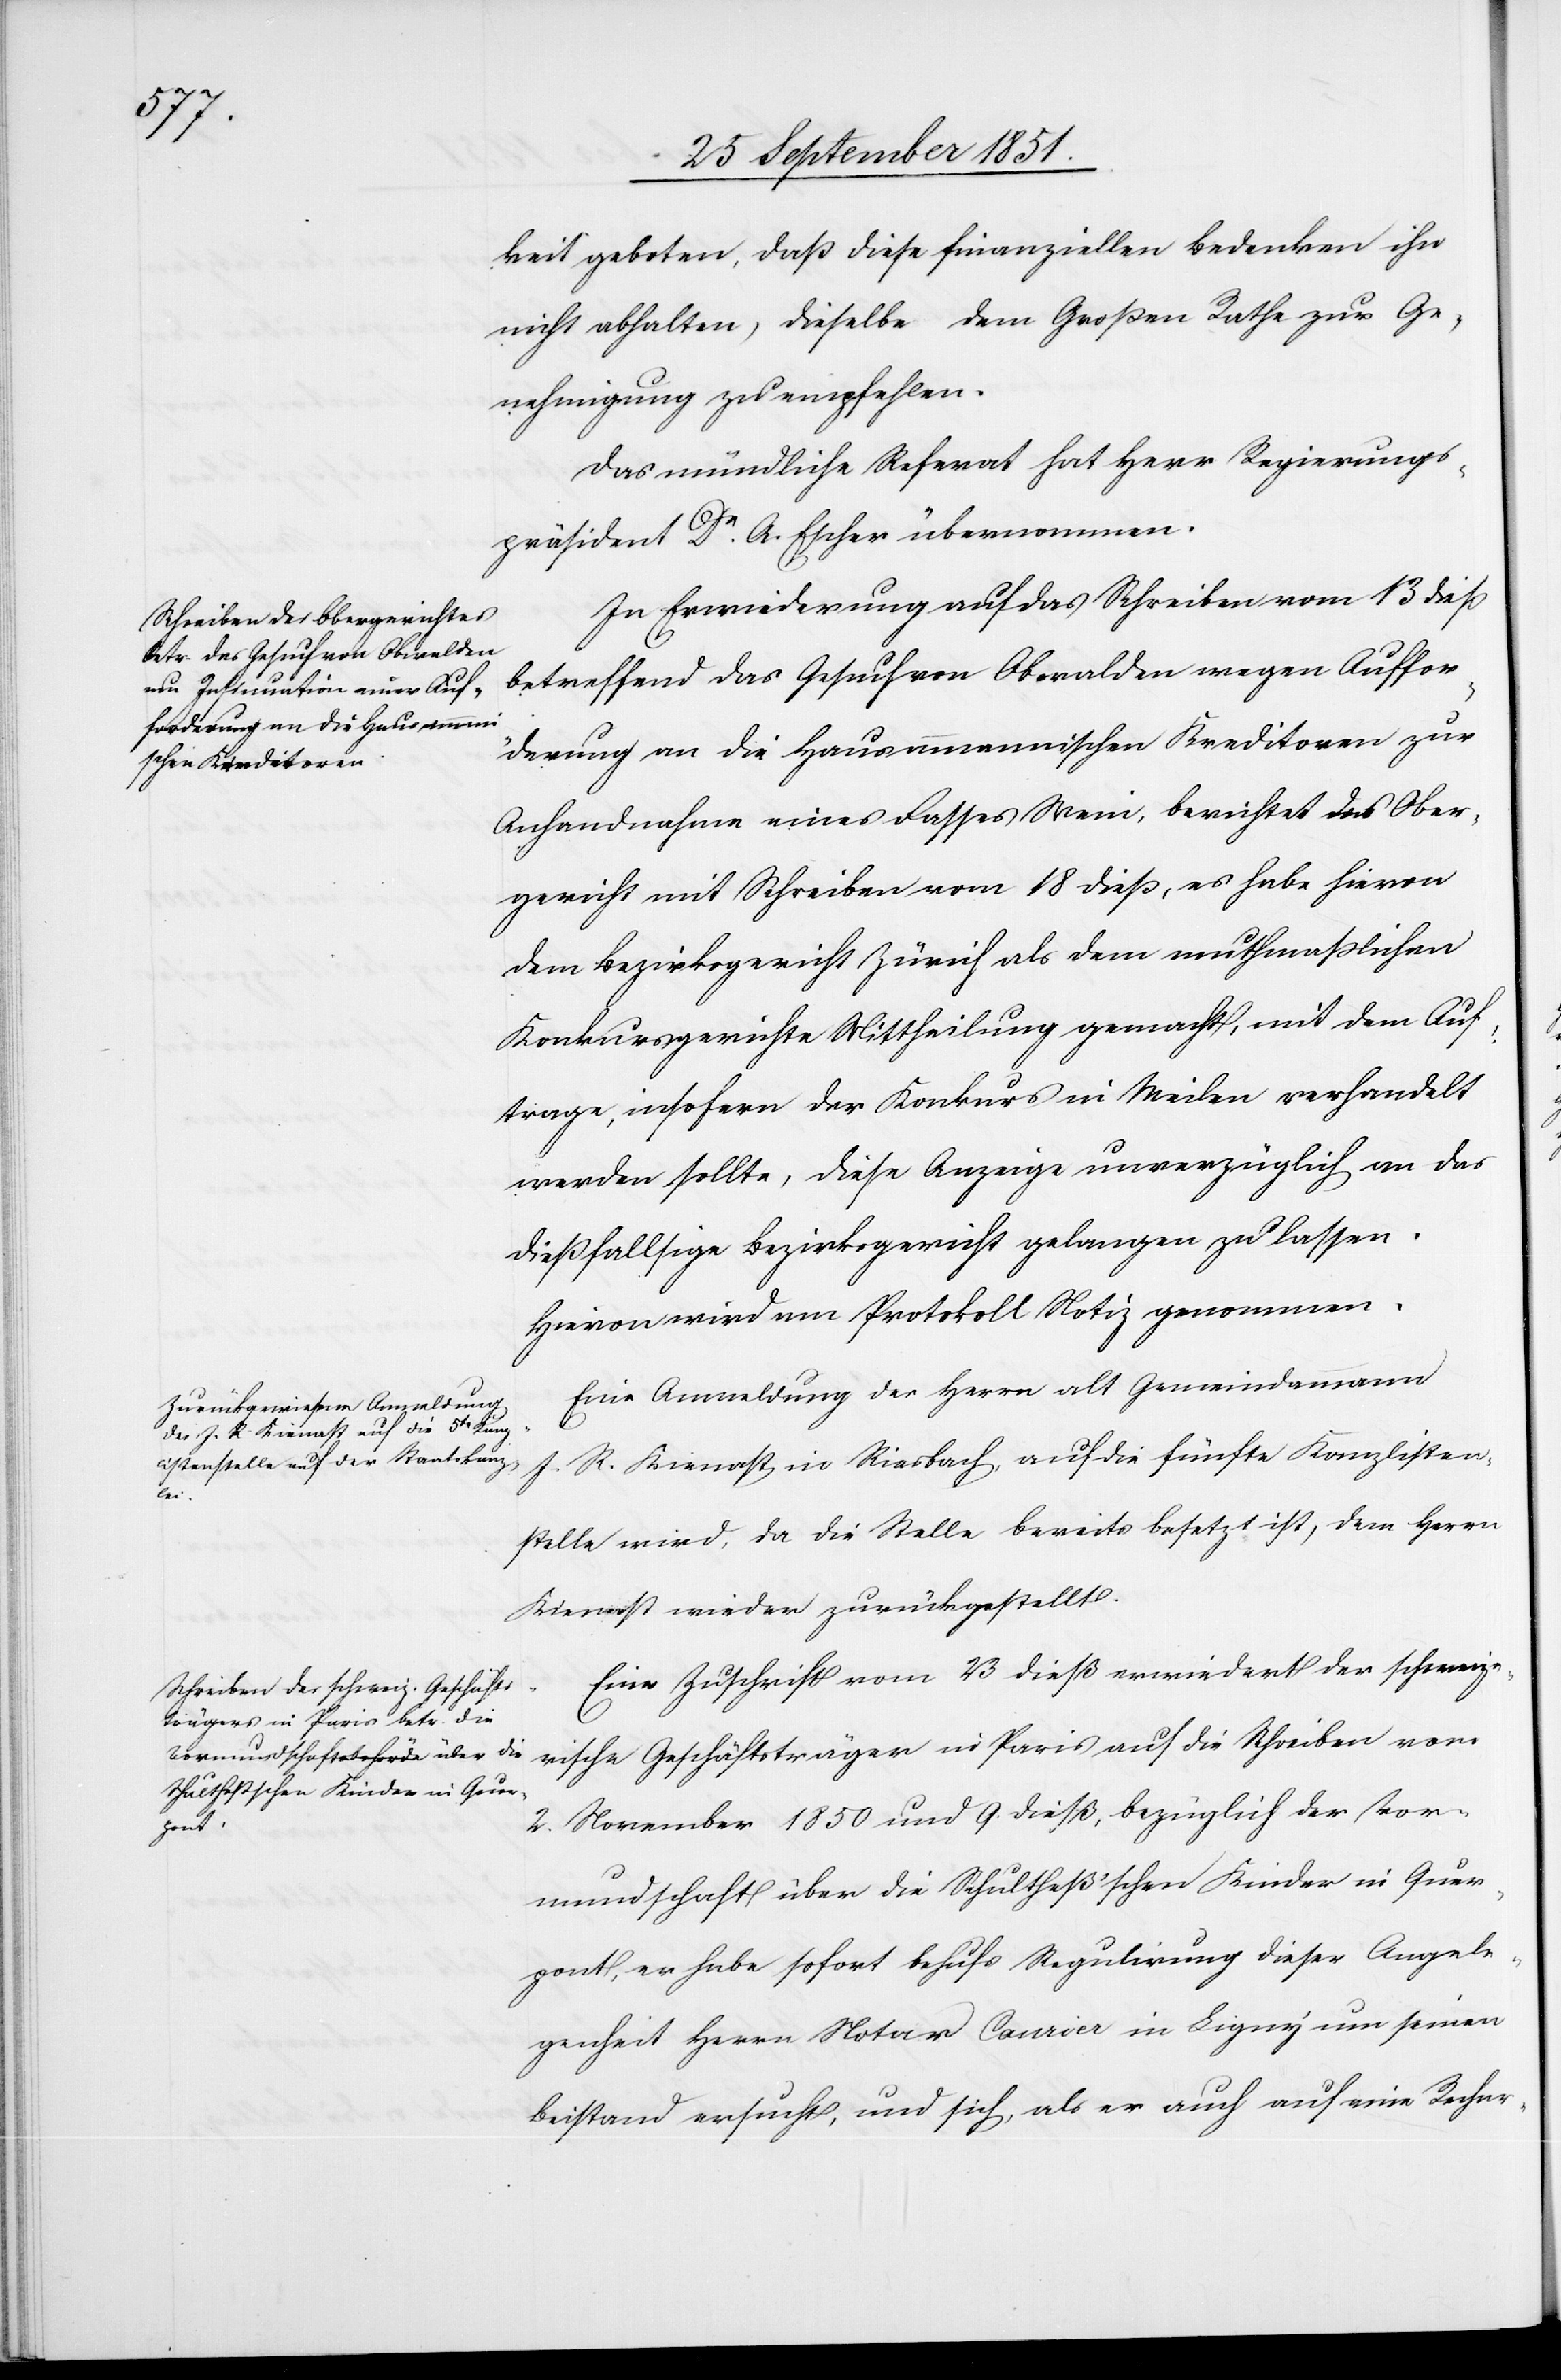
keit geboten, daß diese finanziellen Bedenken ihn
nicht abhalten, dieselbe dem Großen Rathe zur Ge¬
nehmigung zu empfehlen.
Das mündliche Referat hat Herr Regierungs¬
präsident Dr. A. Escher übernommen.
In Erwiederung auf das Schreiben vom 13 dieß
betreffend das Gesuch von Obwalden wegen Auffor¬
derung an die Hausammannischen Kreditoren zur
Anhandnahme eines Fasses Wein, berichtet das Ober¬
gericht mit Schreiben vom 18 dieß, es habe hievon
dem Bezirksgericht Zürich als dem muthmaßlichen
Konkursgerichte Mittheilung gemacht, mit dem Auf¬
trage, insofern der Konkurs in Meilen verhandelt
werden sollte, diese Anzeige unverzüglich an das
dießfallsige Bezirksgericht gelangen zu lassen.
Hievon wird am Protokoll Notiz genommen.
Eine Anmeldung des Herrn alt Gemeindammann
J. R. Kienast in Riesbach, auf die fünfte Kanzlisten¬
stelle wird, da die Stelle bereits besetzt ist, dem Herrn
Kienast wieder zurückgestellt.
Eine Zuschrift vom 23 dieß erwiedert der schweize¬
rische Geschäftsträger in Paris auf die Schreiben vom
2. November 1850 und 9. dieß, bezüglich der Vor¬
mundschaft über die Schultheß’schen Kinder in Quer¬
pont, er habe sofort behufs Regulirung dieser Angele¬
genheit Herrn Notar Canrier in Ligny um seinen
Beistand ersucht, und sich, als er auch auf eine Rechar-